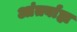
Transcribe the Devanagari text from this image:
आंतर्बाह्य